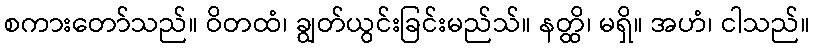
စကားတော်သည်။ ဝိတထံ၊ ချွတ်ယွင်းခြင်းမည်သ်။ နတ္ထိ၊ မရှိ။ အဟံ၊ ငါသည်။